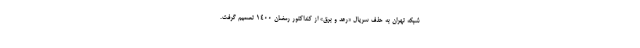
شبکه تهران به حذف سریال «رعد و برق» از کنداکتور رمضان ۱۴۰۰ تصمیم گرفت.